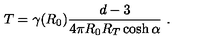
T = \gamma ( R _ { 0 } ) \frac { d - 3 } { 4 \pi R _ { 0 } R _ { T } \cosh \alpha } \ .